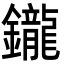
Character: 鑨